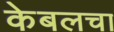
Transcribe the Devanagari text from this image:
केबलचा